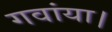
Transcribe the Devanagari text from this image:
गवांया।